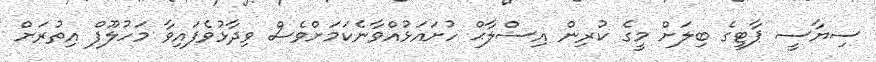
ސިޔާސީ ޕާޓީގެ ބިލަށް މީގެ ކުރިން އިސްލާޙް ހުށައަޅުއްވާނެކަމަށްވެސް ވިދާޅުވެފައިވާ މަހުލޫފް އިތުރަށް